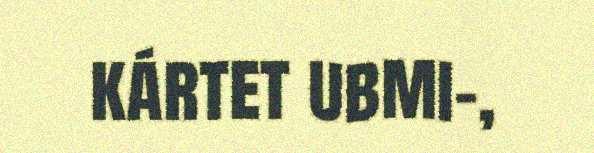
kártet ubmi-,